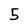
Character: 5